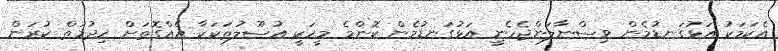
އެކަމަކު އަޅުގަނޑުމެން ވިސްނާލަންޖެހެނީ އަޅުގަނޑުމެން ކޮންމެ މީހަކީ އުސޫލުތަކަކާ އެއްގޮތަށް ޚިދުމަތް ކުރަން